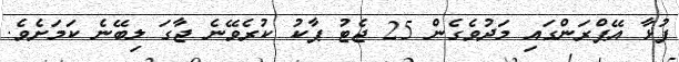
ފުޅާ އޭޕްރަންގައި މަދުވެގެން 25 ޖެޓު ޕާކު ކުރެވޭނެ ޖާގަ ލިބޭނެ ކަމަށެވެ.